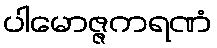
ပါမောဇ္ဇကရဏံ